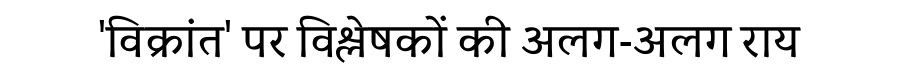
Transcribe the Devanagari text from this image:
'विक्रांत' पर विश्लेषकों की अलग-अलग राय